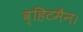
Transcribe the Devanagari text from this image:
व्हिटमैन।